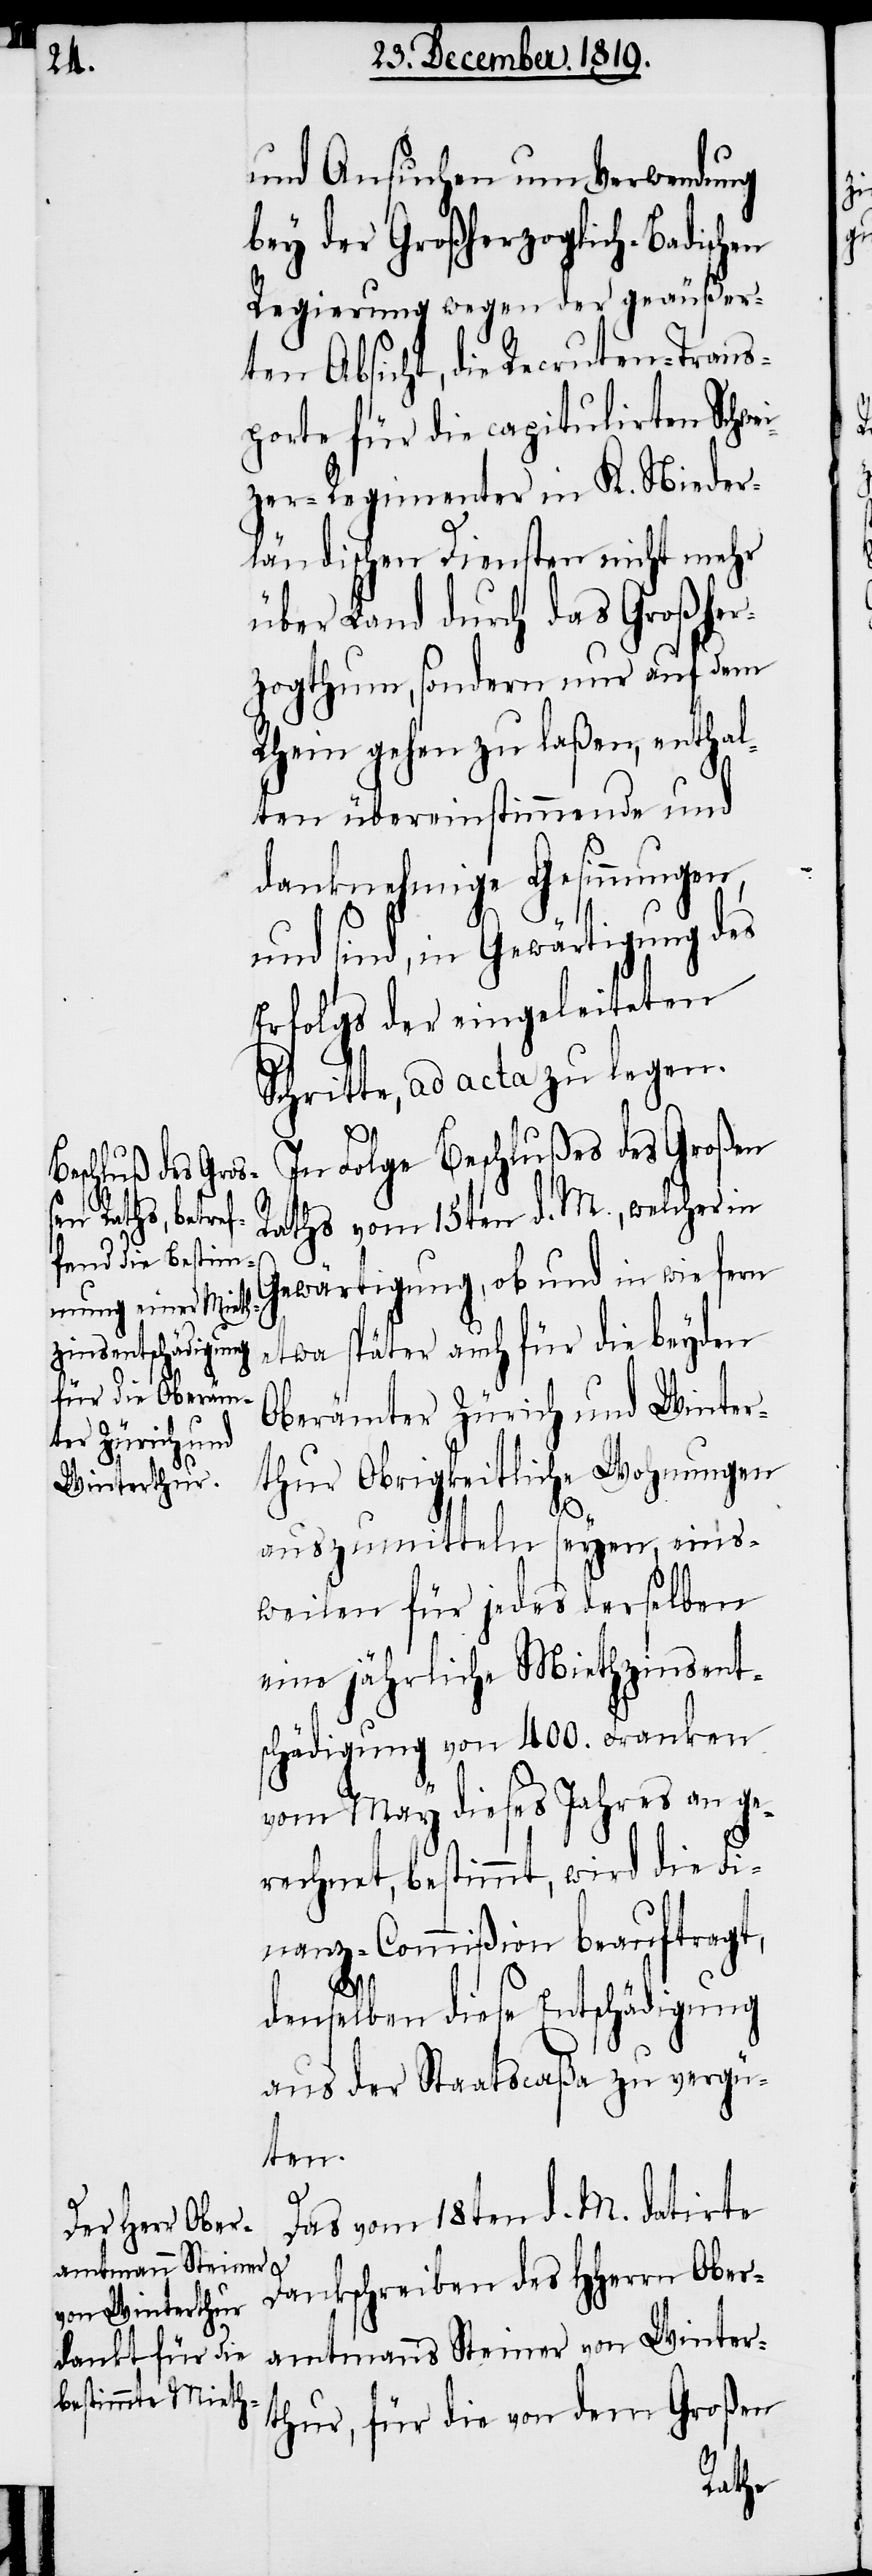
und Ansuchen um Verwendung
bey der Großherzoglich-Badischen
Regierung wegen der geäußer¬
ten Absicht, die Recruten-Trans¬
porte für die capitulirten Schwe¬
izer-Regimenter in K. Nieder¬
ländischen Diensten nicht mehr
über Land durch das Großher¬
zogthum, sondern nur auf dem
Rhein gehen zu laßen, enthal¬
ten übereinstimmende und
danknehmige Gesinnungen,
und sind, in Gewärtigung des
Erfolgs der eingeleiteten
Schritte, ad acta zu legen.
In Folge Beschlußes des Großen
Raths vom 15ten d. M., welcher in
Gewärtigung, ob und in wie fern
etwa später auch für die beyden
Oberämter Zürich und Winter¬
thur Obrigkeitliche Wohnungen
auszumitteln seyen, eins¬
weilen für jedes derselben
eine jährliche Miethzinsent¬
schädigung von 400. Franken
vom May dieses Jahres an ge¬
rechnet, bestimmt, wird die Fi¬
nanz-Commißion beauftragt,
denselben diese Entschädigung
aus der Staatscaßa zu vergü¬
ten.
Das vom 18ten d. M. datirte
Dankschreiben des HHerrn Ober¬
amtmanns Steiner von Winter¬
thur, für die von dem Großen